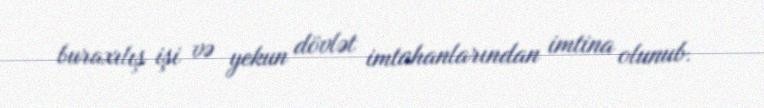
buraxılış işi və yekun dövlət imtahanlarından imtina olunub.